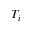
T _ { i }